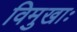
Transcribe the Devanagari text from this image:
विमुखाः